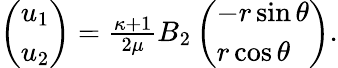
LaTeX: \begin{array}{r}{\left(\begin{array}{l}{u_{1}}\\ {u_{2}}\end{array}\right)=\frac{\kappa+1}{2\mu}B_{2}\left(\begin{array}{l}{-r\sin\theta}\\ {r\cos\theta}\end{array}\right).}\end{array}